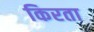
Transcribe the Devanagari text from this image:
किरता